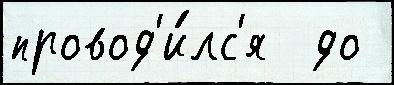
провод'и́лс'я  до